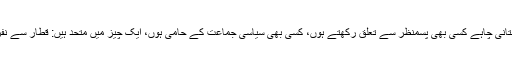
پاکستانی چاہے کسی بھی پسمنظر سے تعلق رکھتے ہوں، کسی بھی سیاسی جماعت کے حامی ہوں، ایک چیز میں متحد ہیں: قطار سے نفرت۔